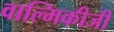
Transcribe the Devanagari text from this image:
वाल्‍मिकीजी